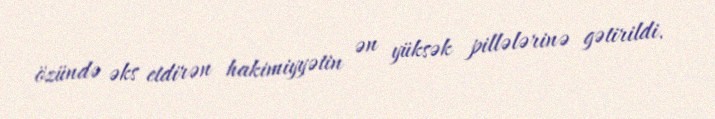
özündə əks etdirən hakimiyyətin ən yüksək pillələrinə gətirildi.